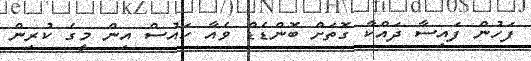
ފަހުން ފައިސާ ދައްކާ ގޮތަށް ބޮންޑެޑް ވެއާ ހައުސް އިން މީގެ ކުރިން